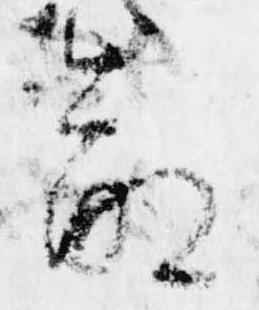
命